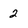
Character: 2